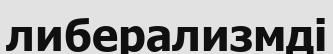
либерализмді